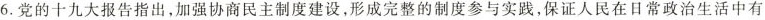
6.党的十九大报告指出，加强协商民主制度建设，形成完整的制度参与实践，保证人民在日常政治生活中有